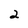
Character: 2